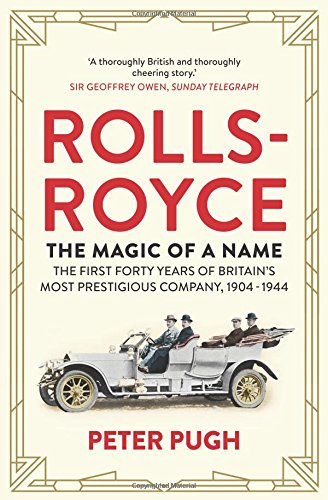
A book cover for Rolls-Royce: The Magic of a Name: The First Forty Years of BritainEEs Most Prestigious Company; Peter Pugh; Engineering & Transportation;